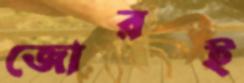
জোরই